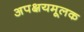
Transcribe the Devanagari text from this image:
अपक्षयमूलक